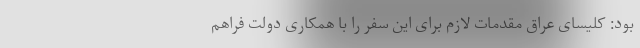
بود: کلیسای عراق مقدمات لازم برای این سفر را با همکاری دولت فراهم